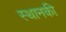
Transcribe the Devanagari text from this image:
स्‍थानकी